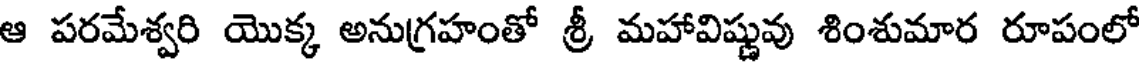
ఆ పరమేశ్వరి యొక్క అనుగ్రహంతో శ్రీ మహావిష్ణువు శింశుమార రూపంలో